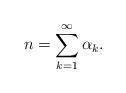
LaTeX: \begin{align*} n= \sum_{k=1}^{\infty}\alpha_{k}. \end{align*}